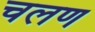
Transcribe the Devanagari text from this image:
चलण